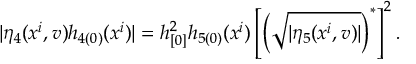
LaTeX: | \eta _ { 4 } ( x ^ { i } , v ) h _ { 4 ( 0 ) } ( x ^ { i } ) | = h _ { [ 0 ] } ^ { 2 } h _ { 5 ( 0 ) } ( x ^ { i } ) \left[ \left( \sqrt { | \eta _ { 5 } ( x ^ { i } , v ) | } \right) ^ { \ast } \right] ^ { 2 } .